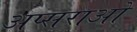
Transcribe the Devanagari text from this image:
अप्सराओ